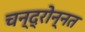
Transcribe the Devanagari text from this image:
चन्द्रोन्नत